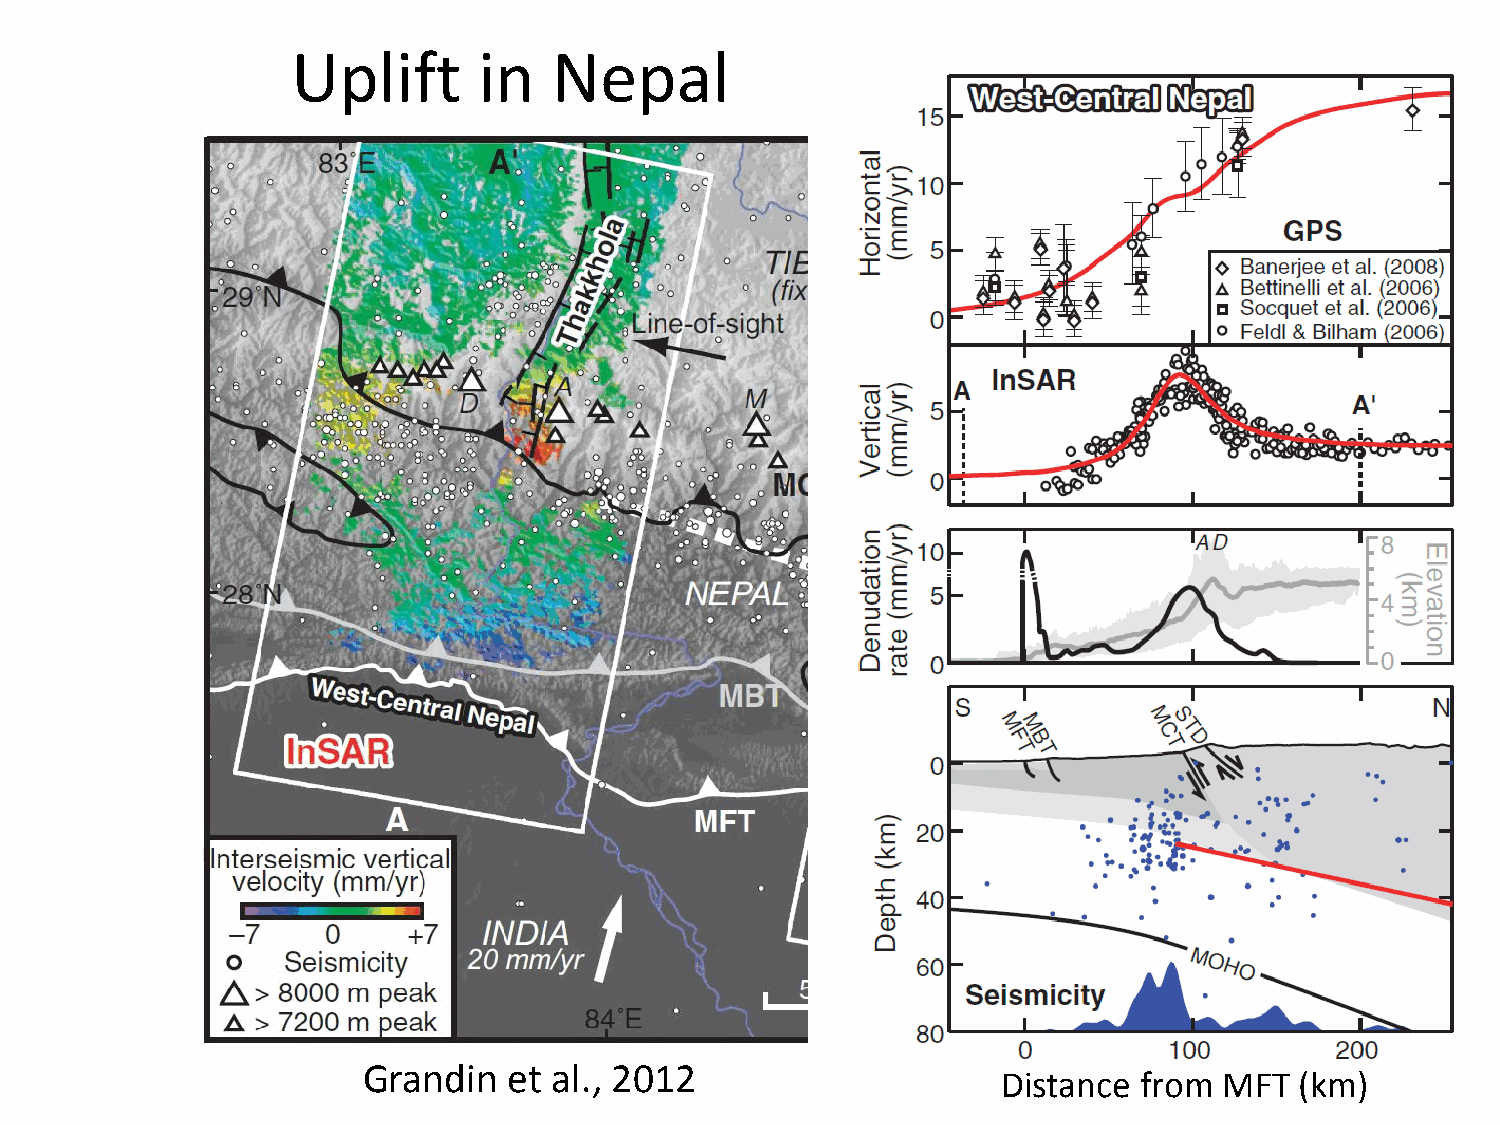
Uplift       in   Nepal
 Grandin   et al., 2012
 Distance from  MFT  (km)